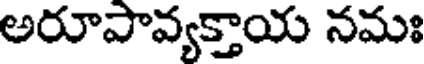
అరూపావ్యక్తాయ నమః